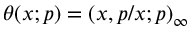
\displaystyle \theta ( x ; p ) = ( x , p / x ; p ) _ { \infty }